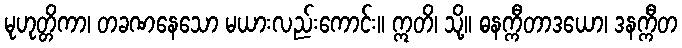
မုဟုတ္တိကာ၊ တခဏနေသော မယားလည်းကောင်း။ ဣတိ၊ သို့။ ဓနက္ကီတာဒယော၊ ဒနက္ကီတ